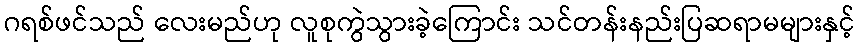
ဂရစ်ဖင်သည် လေးမည်ဟု လူစုကွဲသွားခဲ့ကြောင်း သင်တန်းနည်းပြဆရာမများနှင့်